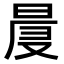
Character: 𣇗